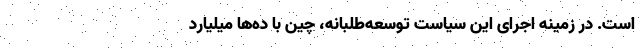
است. در زمینه اجرای این سیاست توسعه‌طلبانه، چین با ده‌ها میلیارد